Report on vaccination in the Province of Bengal - 1869-1873
Year: 1869
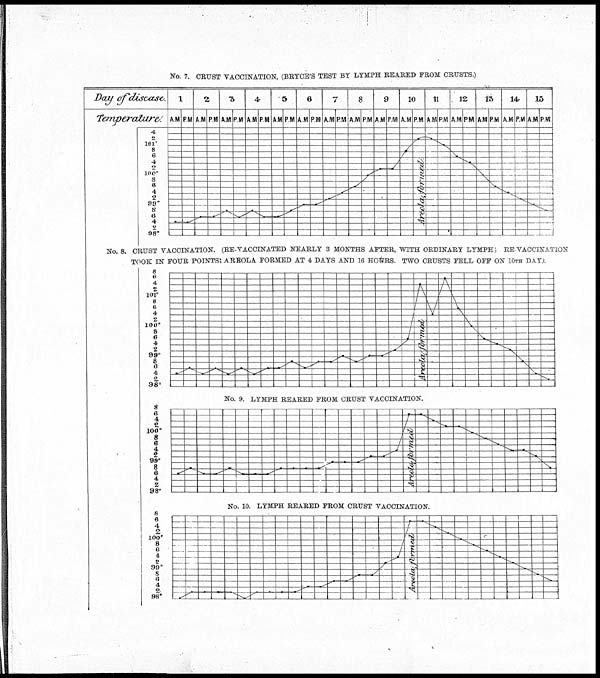
No. 7. CRUST VACCINATION, (BRYCE'S TEST BY LYMPH REARED FROM CRUSTS.)